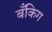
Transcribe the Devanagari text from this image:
बँकिग